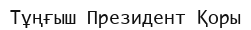
Тұңғыш Президент Қоры